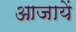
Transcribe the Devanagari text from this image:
आजायें